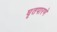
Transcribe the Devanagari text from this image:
घृतपारणे